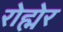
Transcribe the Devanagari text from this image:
रोह्मेर